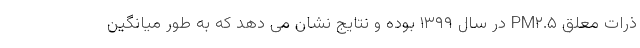
ذرات معلق PM۲.۵ در سال ۱۳۹۹ بوده و نتایج نشان می دهد که به طور میانگین